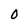
Character: 0